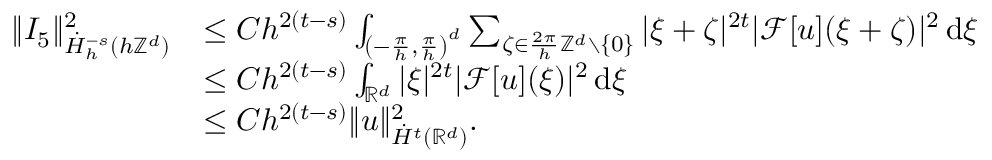
\begin{array} { r l } { \| I _ { 5 } \| _ { \dot { H } _ { h } ^ { - s } ( h \mathbb { Z } ^ { d } ) } ^ { 2 } } & { \le C h ^ { 2 ( t - s ) } \int _ { \left( - \frac { \pi } { h } , \frac { \pi } { h } \right) ^ { d } } \sum _ { \zeta \in \frac { 2 \pi } { h } \mathbb { Z } ^ { d } \setminus \{ 0 \} } | \xi + \zeta | ^ { 2 t } | \mathcal { F } [ u ] ( \xi + \zeta ) | ^ { 2 } \, \mathrm { d } \xi } \\ & { \le C h ^ { 2 ( t - s ) } \int _ { \mathbb { R } ^ { d } } | \xi | ^ { 2 t } | \mathcal { F } [ u ] ( \xi ) | ^ { 2 } \, \mathrm { d } \xi } \\ & { \le C h ^ { 2 ( t - s ) } \| u \| _ { \dot { H } ^ { t } ( \mathbb { R } ^ { d } ) } ^ { 2 } . } \end{array}